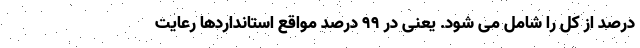
درصد از کل را شامل می شود. یعنی در ۹۹ درصد مواقع استانداردها رعایت